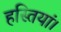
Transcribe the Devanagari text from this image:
हस्तियां।